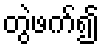
တွဲဖက်၍